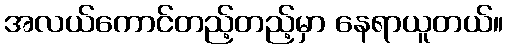
အလယ်ကောင်တည့်တည့်မှာ နေရာယူတယ်။